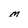
Character: M